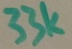
Text: 33K